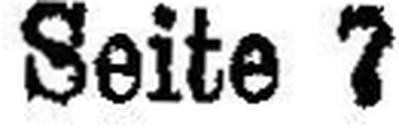
Seite 7